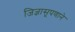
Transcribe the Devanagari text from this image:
जिज्ञासूपणाने